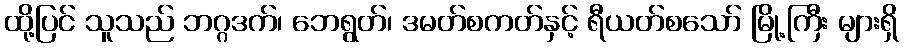
ထို့ပြင် သူသည် ဘဂ္ဂဒက်၊ ဘေရွတ်၊ ဒမတ်စကတ်နှင့် ရီယတ်စသော် မြို့ကြီး များရှိ